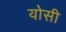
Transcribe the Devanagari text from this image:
योसी